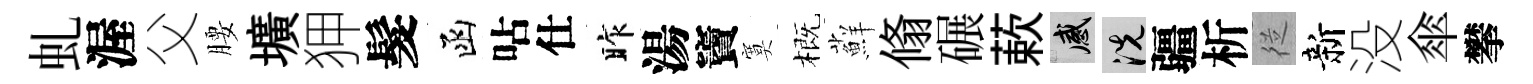
虬渥父腰壙狎髮函呫仕昨湯竇寞概蘚翛碾蔌感洗疆析従新没傘攀